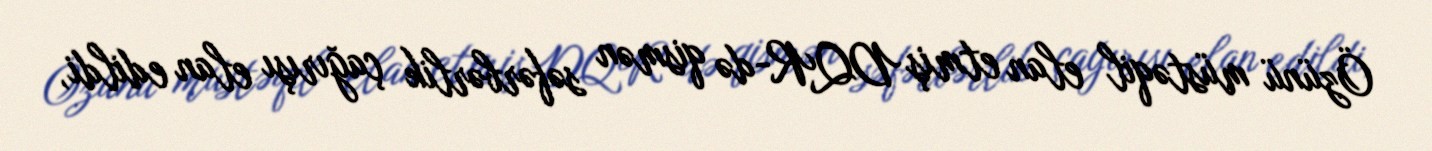
Özünü müstəqil elan etmiş DQR-də qismən səfərbərlik çağırışı elan edildi,